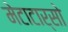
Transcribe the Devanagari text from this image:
मेटाटार्सो